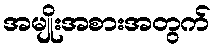
အမျိုးအစားအတွက်